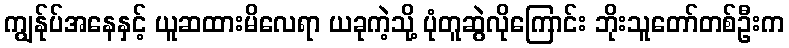
ကျွန်ုပ်အနေနှင့် ယူဆထားမိလေရာ ယခုကဲ့သို့ ပုံတူဆွဲလိုကြောင်း ဘိုးသူတော်တစ်ဦးက